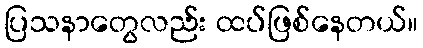
ပြသနာတွေလည်း ထပ်ဖြစ်နေတယ်။